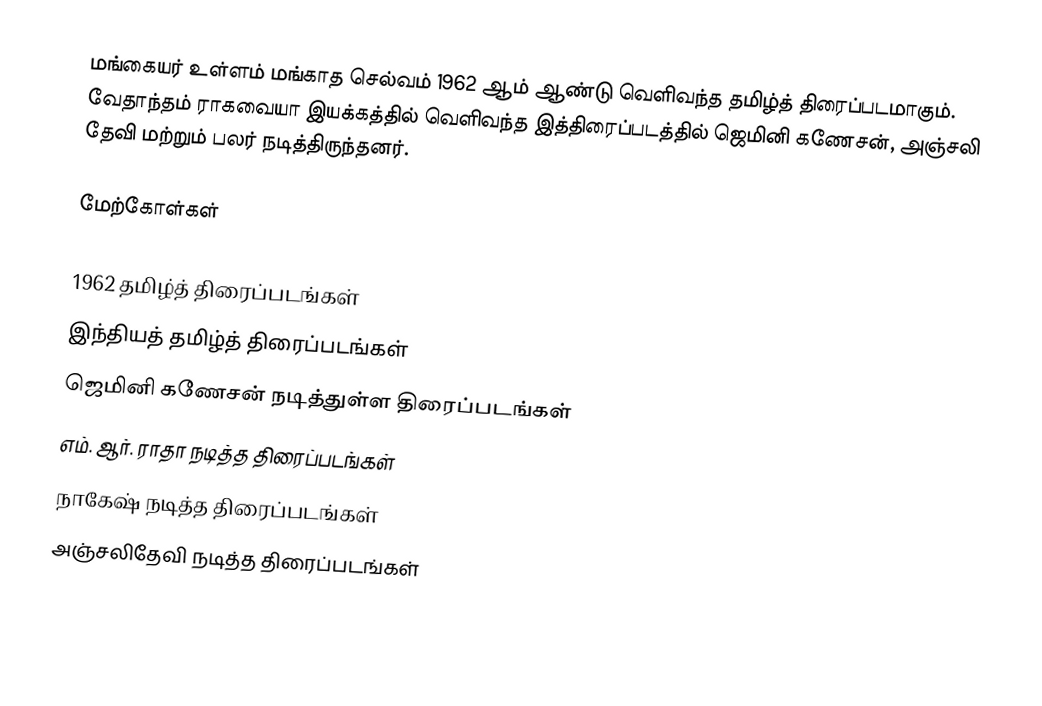
மங்கையர் உள்ளம் மங்காத செல்வம் 1962 ஆம் ஆண்டு வெளிவந்த தமிழ்த் திரைப்படமாகும். வேதாந்தம் ராகவையா இயக்கத்தில் வெளிவந்த இத்திரைப்படத்தில் ஜெமினி கணேசன், அஞ்சலி தேவி மற்றும் பலர் நடித்திருந்தனர்.

மேற்கோள்கள்

1962 தமிழ்த் திரைப்படங்கள்
இந்தியத் தமிழ்த் திரைப்படங்கள்
ஜெமினி கணேசன் நடித்துள்ள திரைப்படங்கள்
எம். ஆர். ராதா நடித்த திரைப்படங்கள்
நாகேஷ் நடித்த திரைப்படங்கள்
அஞ்சலிதேவி நடித்த திரைப்படங்கள்